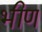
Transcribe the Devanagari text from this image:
भीण